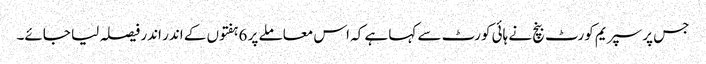
جس پر سپریم کورٹ بنچ نے ہائی کورٹ سے کہا ہے کہ اس معاملے پر 6ہفتوں کے اندر اندر فیصلہ لیا جائے۔